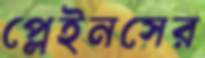
প্লেইনসের